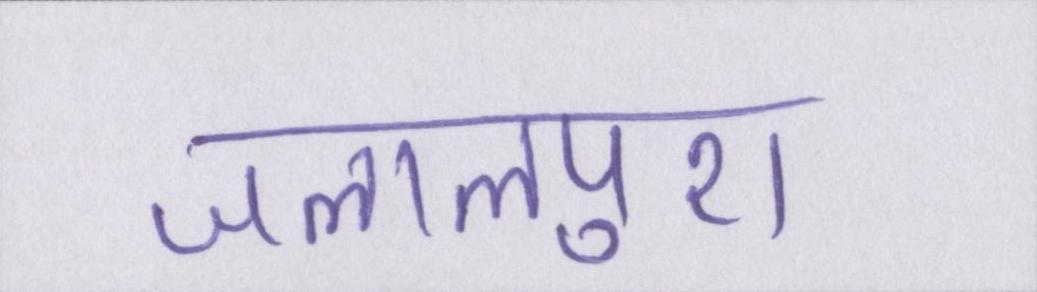
जलालपुरा